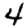
Digit: 4